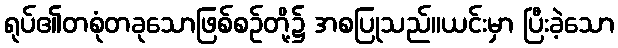
ရုပ်၏တစုံတခုသောဖြစ်စဉ်တို့၌ အစပြုသည်။ယင်းမှာ ပြီးခဲ့သော